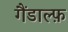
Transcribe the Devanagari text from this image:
गैंडाल्फ़